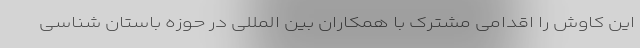
این کاوش را اقدامی مشترک با همکاران بین المللی در حوزه باستان شناسی